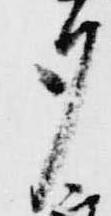
夕